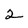
Character: 2